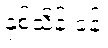
နှစ်သိန်းခန့်